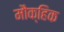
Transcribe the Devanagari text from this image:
मौक्हिक